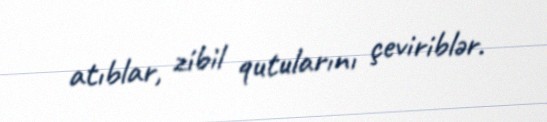
atıblar, zibil qutularını çeviriblər.